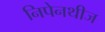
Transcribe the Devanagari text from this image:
निपेनथीज